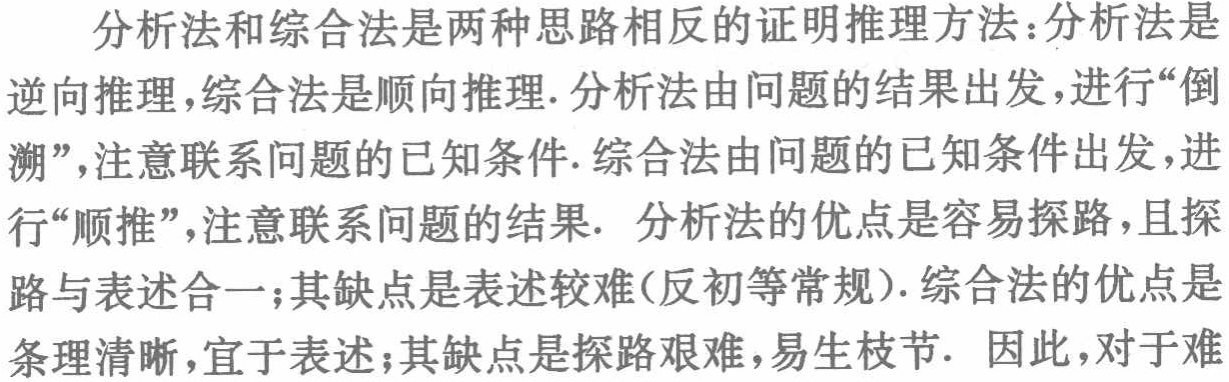
分析法和综合法是两种思路相反的证明推理方法：分析法是

逆向推理,综合法是顺向推理. 分析法由问题的结果出发,进行“倒

溯”,注意联系问题的已知条件. 综合法由问题的已知条件出发,进

行“顺推”,注意联系问题的结果. 分析法的优点是容易探路,且探

路与表述合一;其缺点是表述较难(反初等常规). 综合法的优点是

条理清晰,宜于表述;其缺点是探路艰难,易生枝节. 因此,对于难